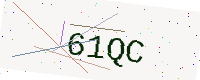
Text: 61QC